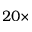
2 0 \times